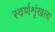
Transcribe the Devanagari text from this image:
स्वर्णशृंखला